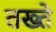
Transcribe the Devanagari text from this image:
तख्‍ते